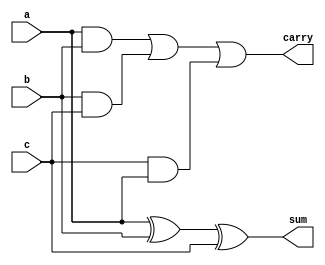
module fulllogic(sum,carry,a,b,c);
    input a,b,c;
    output sum,carry;
    
    //Data flow model
    //sum
    assign sum=a^b^c;
    
    //carry
    assign carry=(a&b)|(b&c)|(c&a);
    
endmodule